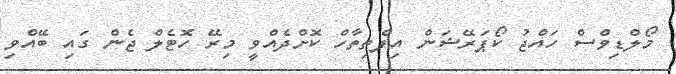
މޯލްޑިވްސް ހައްޖު ކޯޕަރޭޝަން އިފްތިތާހް ކޮށްދެއްވީ މިރޭ ހޮޓެލް ޖެން ގައި ބޭއްވި